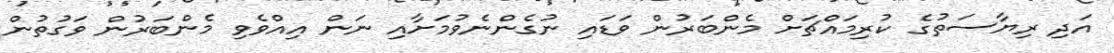
އަދި ރިޔާސަތުގެ ކުރިމައްޗަށް މެންބަރުން ވަޑައި ނުގެންނެވުމަށާއި ނަން އިއްވެވި މެންބަރުން ވަގުތުން